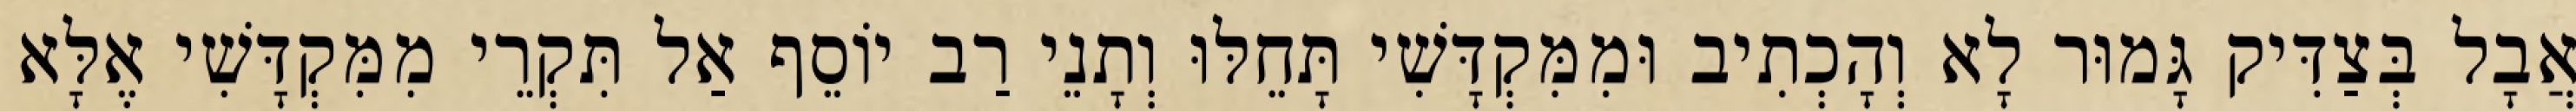
אֲבָל בְּצַדִּיק גָּמוּר לָא וְהָכְתִיב וּמִמִּקְדָּשִׁי תָּחֵלּוּ וְתָנֵי רַב יוֹסֵף אַל תִּקְרֵי מִמִּקְדָּשִׁי אֶלָּא